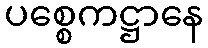
ပစ္စေကဋ္ဌာနေ